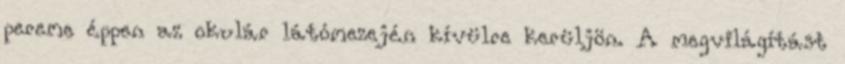
pereme éppen az okulár látómezején kívülre kerüljön. A megvilágítást